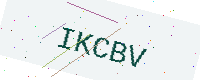
Text: IKCBV